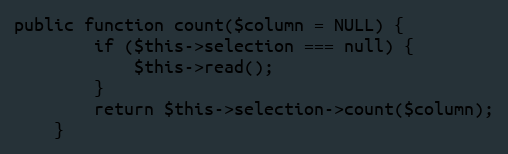
Language: PHP
public function count($column = NULL) {
		if ($this->selection === null) {
			$this->read();
		}
		return $this->selection->count($column);
	}